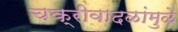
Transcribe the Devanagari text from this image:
चक्रीवादळांमुळे